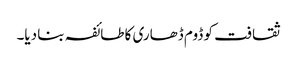
ثقافت کو ڈوم ڈھاری کا طائفہ بنا دیا۔